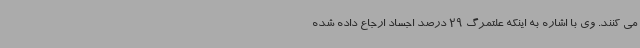
می کنند. وی با اشاره به اینکه علتمرگ 29 درصد اجساد ارجاع داده شده